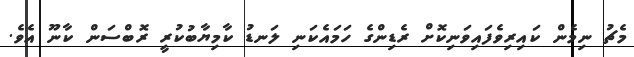
މެޗު ނިމެން ކައިރިވެފައިވަނިކޮށް ރެޑިންގެ ހަމައެކަނި ލަނޑު ކާމިޔާބުކުރީ ރޮބްސަން ކާނޫ އެވެ.